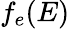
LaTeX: f_{e}(E)